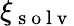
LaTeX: \xi_{\mathrm{~s~o~l~v~}}